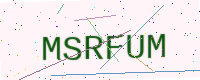
Text: MSRFUM